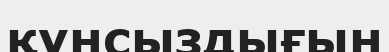
құнсыздығын